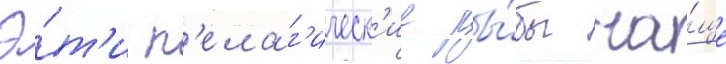
Э́т'и п'елаг'ическ'ие ры́бы ча́ще